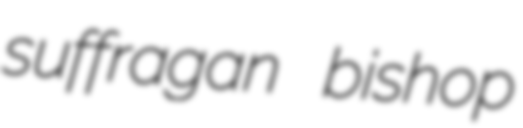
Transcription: suffragan bishop